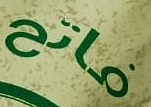
فاتح